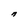
Character: n